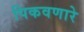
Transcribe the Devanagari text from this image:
पिकवणारे